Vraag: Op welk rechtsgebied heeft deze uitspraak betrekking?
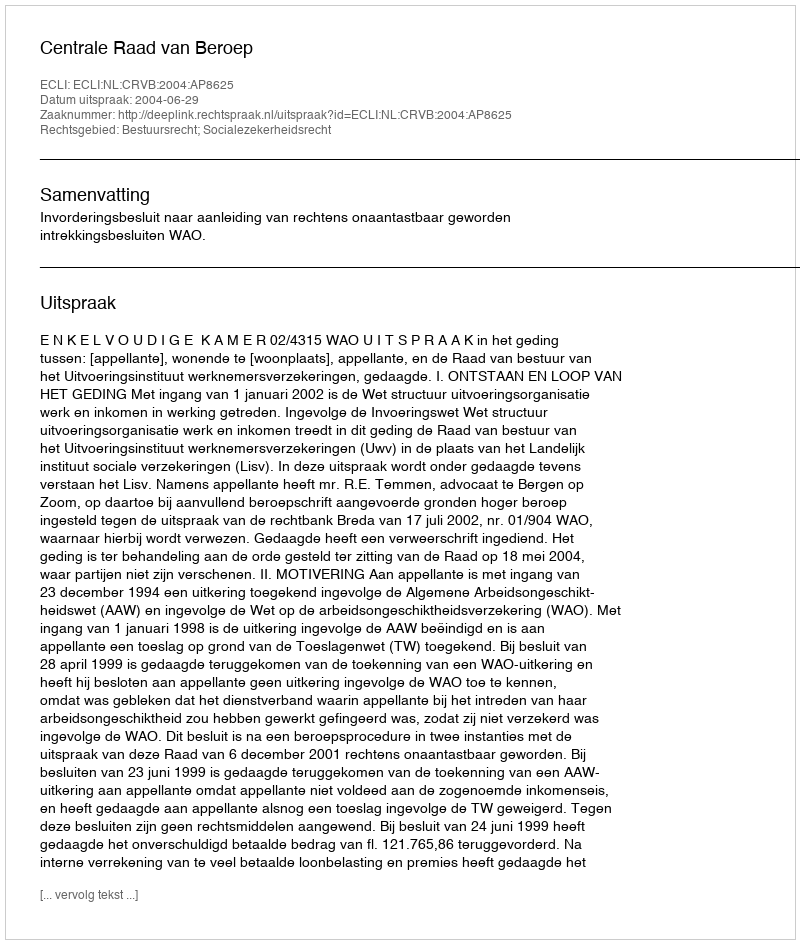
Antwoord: Bestuursrecht; Socialezekerheidsrecht